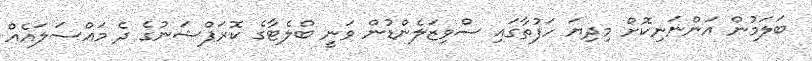
ބަލަމުން އަންނަނިކޮށް މިދިޔަ ހަފުތާގައި ސްވިޒަލެންޑުން ވަނީ ބްލެޓާގެ ކޮރަޕްޝަނުގެ ދެ މައްސަލައެއް